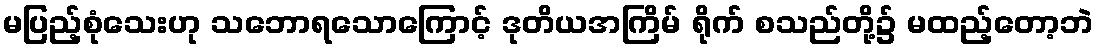
မပြည့်စုံသေးဟု သဘောရသောကြောင့် ဒုတိယအကြိမ် ရိုက် စသည်တို့၌ မထည့်တော့ဘဲ